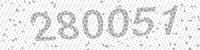
Solution: 280051